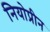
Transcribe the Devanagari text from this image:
नियोप्रीन